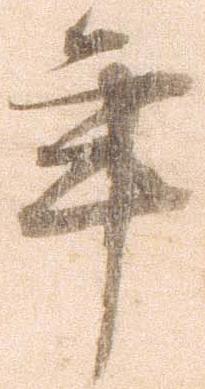
年